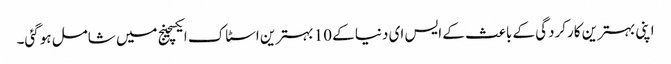
اپنی بہترین کارکردگی کے باعث کے ایس ای دنیا کے 10 بہترین اسٹاک ایکسچینج میں شامل ہوگئی۔